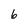
Character: 6